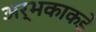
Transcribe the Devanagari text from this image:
अर्भकाकडे